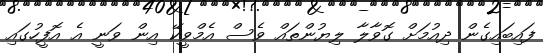
ފައިބައިގެން ދިއުމަށް ގޮވާލާ ލިޔުންތައް ވެސް އެމްވީކޭ އިން ވަނީ އެ އޮފީހުގައި